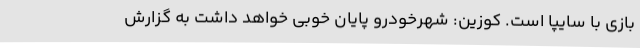
بازی با سایپا است. کوزین: شهرخودرو پایان خوبی خواهد داشت به گزارش